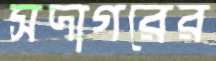
সদাগরের